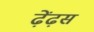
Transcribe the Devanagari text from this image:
ढ़ेंढ़स